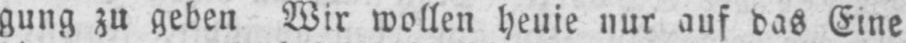
nur auf das Eine